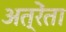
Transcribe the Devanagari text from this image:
अत्रेंता